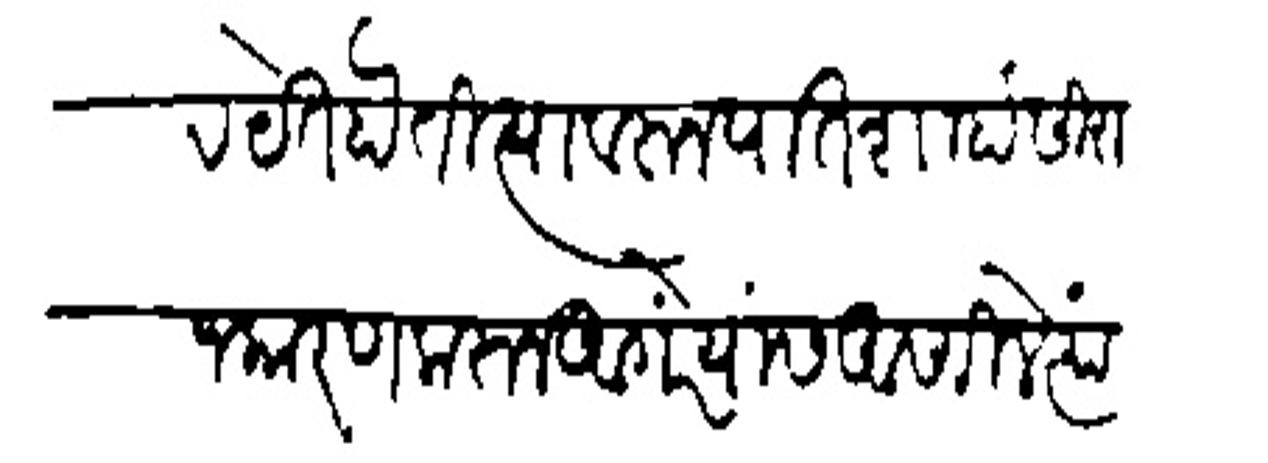
Transliteration (Devanagari): वारंवार घेत होती त्यावरून पातशाहांसी राजकारण करून आंगरेयांस आणिले त्यांथे